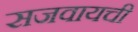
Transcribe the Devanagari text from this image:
सजवायची